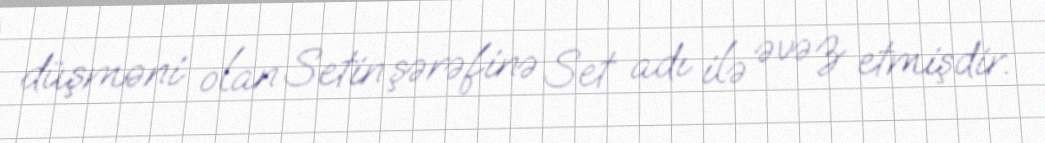
düşməni olan Setin şərəfinə Set adı ilə əvəz etmişdir.